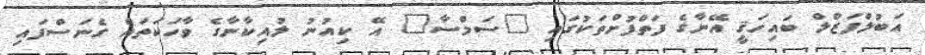
އަބުލްފަޒްލް ބައިހަޤީ އޭނާގެ ފަތްފުށްތަކުގައި "ސަމްސާ" އޭ ކިއުނު ލުއިކާނާގެ ވާހަކަތައް ގެނަސްފައި